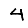
Digit: 4